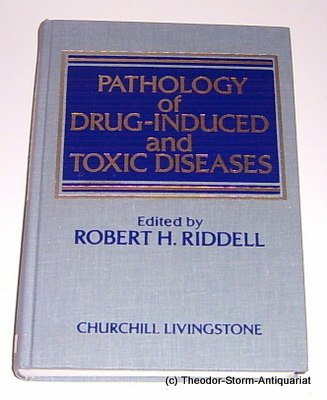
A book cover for Pathology of Drug-Induced and Toxic Diseases; Medical Books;